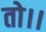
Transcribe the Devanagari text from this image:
तो।।